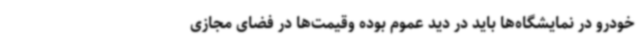
خودرو در نمایشگاه‌ها باید در دید عموم بوده وقیمت‌ها در فضای مجازی